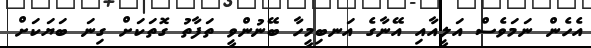
އެހެން ނަމަވެސް އަލީއާއި އޭނާގެ އަނބިމީހާ ބޭނުންވީ ތަފާތު ގޮތަކަށް ގިނަ ބަޔަކަށް